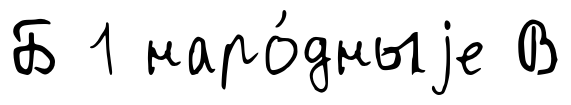
Б 1 наро́дныjе В